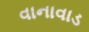
વાનાવાડ